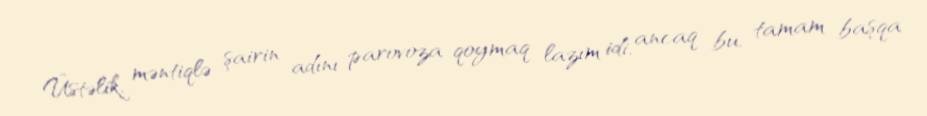
Üstəlik, məntiqlə şairin adını parovoza qoymaq lazım idi, ancaq bu, tamam başqa